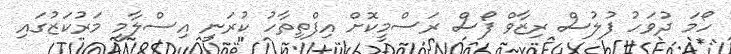
ހޯމަ ދުވަހު ފުލުސް ރިޒާވް ފޯސް ރަސްމީކޮށް އިފްތިތާހު ކުރަނީ އިސްލާމީ މަރުކަޒުގައި